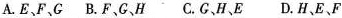
A.E、F、G B、F，G、H C.C、H、E